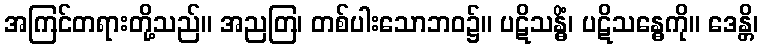
အကြင်တရားတို့သည်။ အညတြ၊ တစ်ပါးသောဘဝ၌။ ပဋိသန္ဓိံ၊ ပဋိသန္ဓေကို။ ဒေန္တိ၊